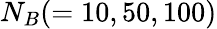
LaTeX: N_{B}(=10,50,100)